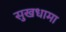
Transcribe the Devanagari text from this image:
सुखधामा